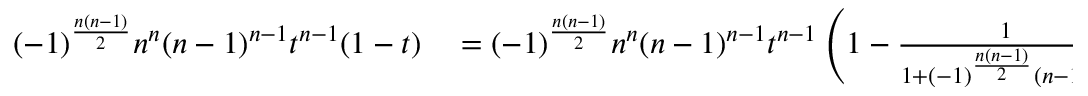
\begin{array} { r l } { ( - 1 ) ^ { \frac { n ( n - 1 ) } { 2 } } n ^ { n } ( n - 1 ) ^ { n - 1 } t ^ { n - 1 } ( 1 - t ) } & { { } = ( - 1 ) ^ { \frac { n ( n - 1 ) } { 2 } } n ^ { n } ( n - 1 ) ^ { n - 1 } t ^ { n - 1 } \left( 1 - { \frac { 1 } { 1 + ( - 1 ) ^ { \frac { n ( n - 1 ) } { 2 } } ( n - 1 ) u ^ { 2 } } } \right) } \end{array}